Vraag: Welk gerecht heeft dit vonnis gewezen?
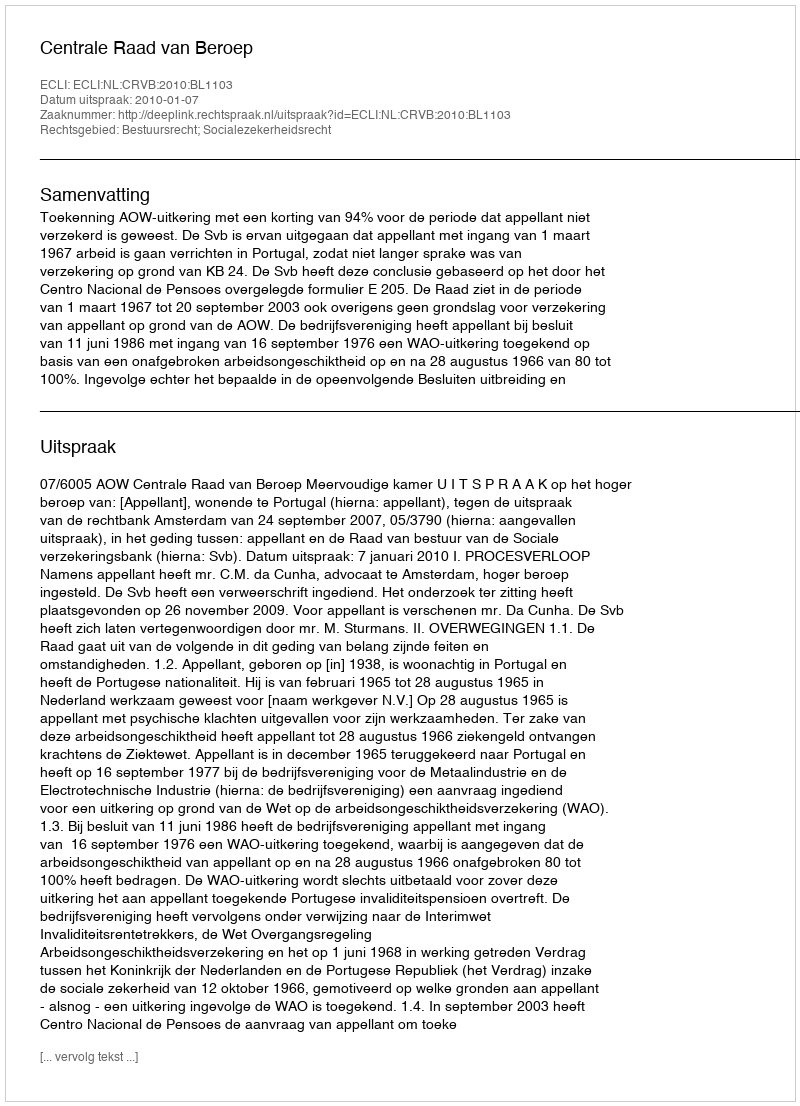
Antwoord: Centrale Raad van Beroep